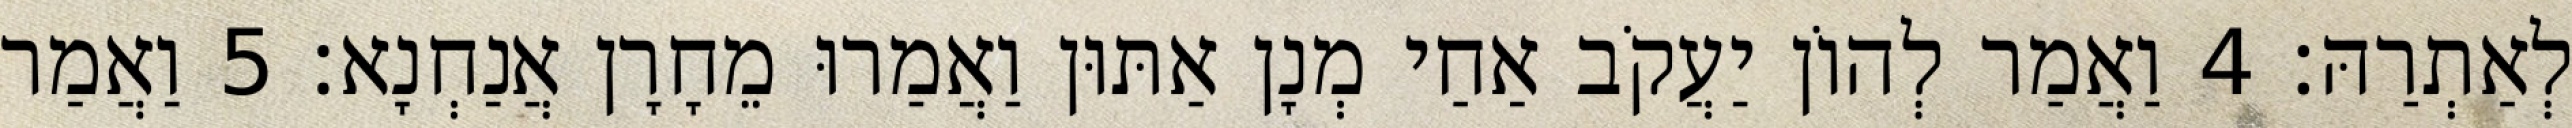
לְאַתְרַהּ׃ 4 וַאֲמַר לְהוֹן יַעֲקֹב אַחַי מְנָן אַתּוּן וַאֲמַרוּ מֵחָרָן אֲנַחְנָא׃ 5 וַאֲמַר